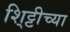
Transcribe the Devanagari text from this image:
शि्ट्टीच्या